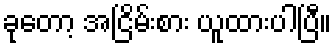
ခုတော့ အငြိမ်းစား ယူထားပါပြီ။